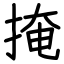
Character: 掩